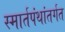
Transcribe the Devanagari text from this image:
स्मार्तपंथांतर्गत